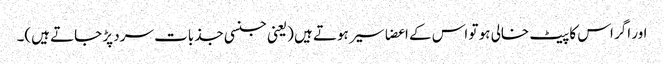
اور اگر اس کا پیٹ خالی ہو تو اس کے اعضا سیر ہوتے ہیں (یعنی جنسی جذبات سرد پڑ جاتے ہیں)۔